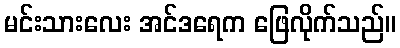
မင်းသားလေး အင်ဒရေက ဖြေလိုက်သည်။